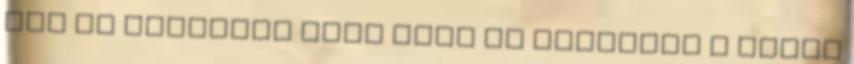
nem is szívesen szán időt és energiát a külső